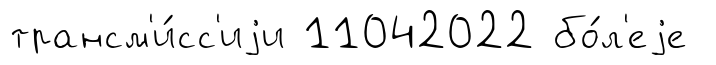
трансм'и́сс'иjи 11042022 бо́л'еjе